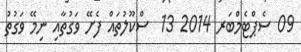
09 ސެޕްޓެމްބަރ 2014 13  ސްކޫލުތައް ފެށޭ ވަގުތާއި ނިމޭ ވަގުތު